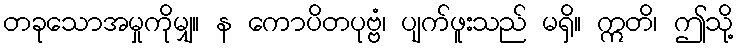
တခုသောအမှုကိုမျှ။ န ကောပိတပုဗ္ဗံ၊ ပျက်ဖူးသည် မရှိ။ ဣတိ၊ ဤသို့